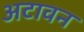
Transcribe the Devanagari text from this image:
अटावन